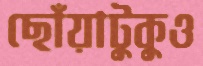
ছোঁয়াটুকুও